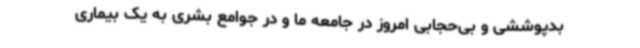
بدپوششی و بی‌حجابی امروز در جامعه ما و در جوامع بشری به یک بیماری